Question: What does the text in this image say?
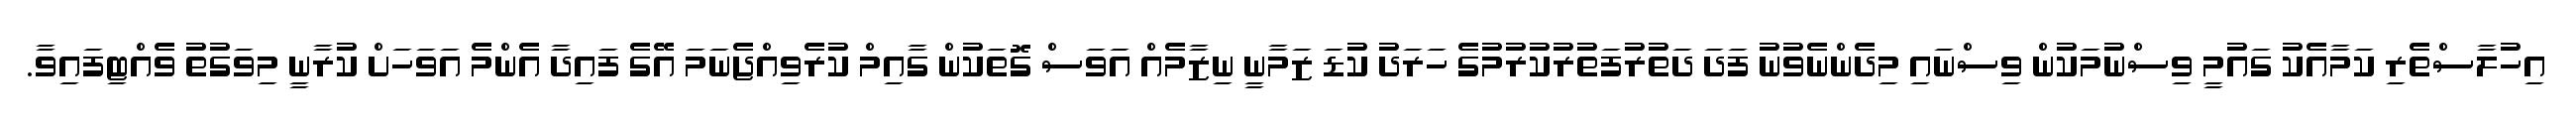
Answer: އިހުލާސްތެރި ކަމާއެކު ގައުމީ ވިސްނުމަކުން ވިސްނައި މިދެންނެވުނު ފަދަ ދަތުރުފަތުރުކުރުމުގެ ހަރަދު ކުޑަ ޒަމާނީ ނިޒާމެއް އަވަސް ގޮތަކުން ގާއިމް ކުރެވިއްޖެނަމަ އޭގެ ފައިދާ އެންމެ އަވަހަށް ކުރާނީ މިވަގުތު ވެއްޓިފައިވާ.